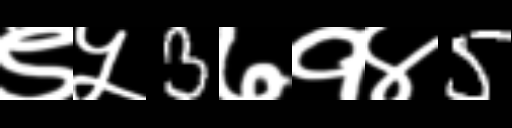
Text: ९५3७१४5